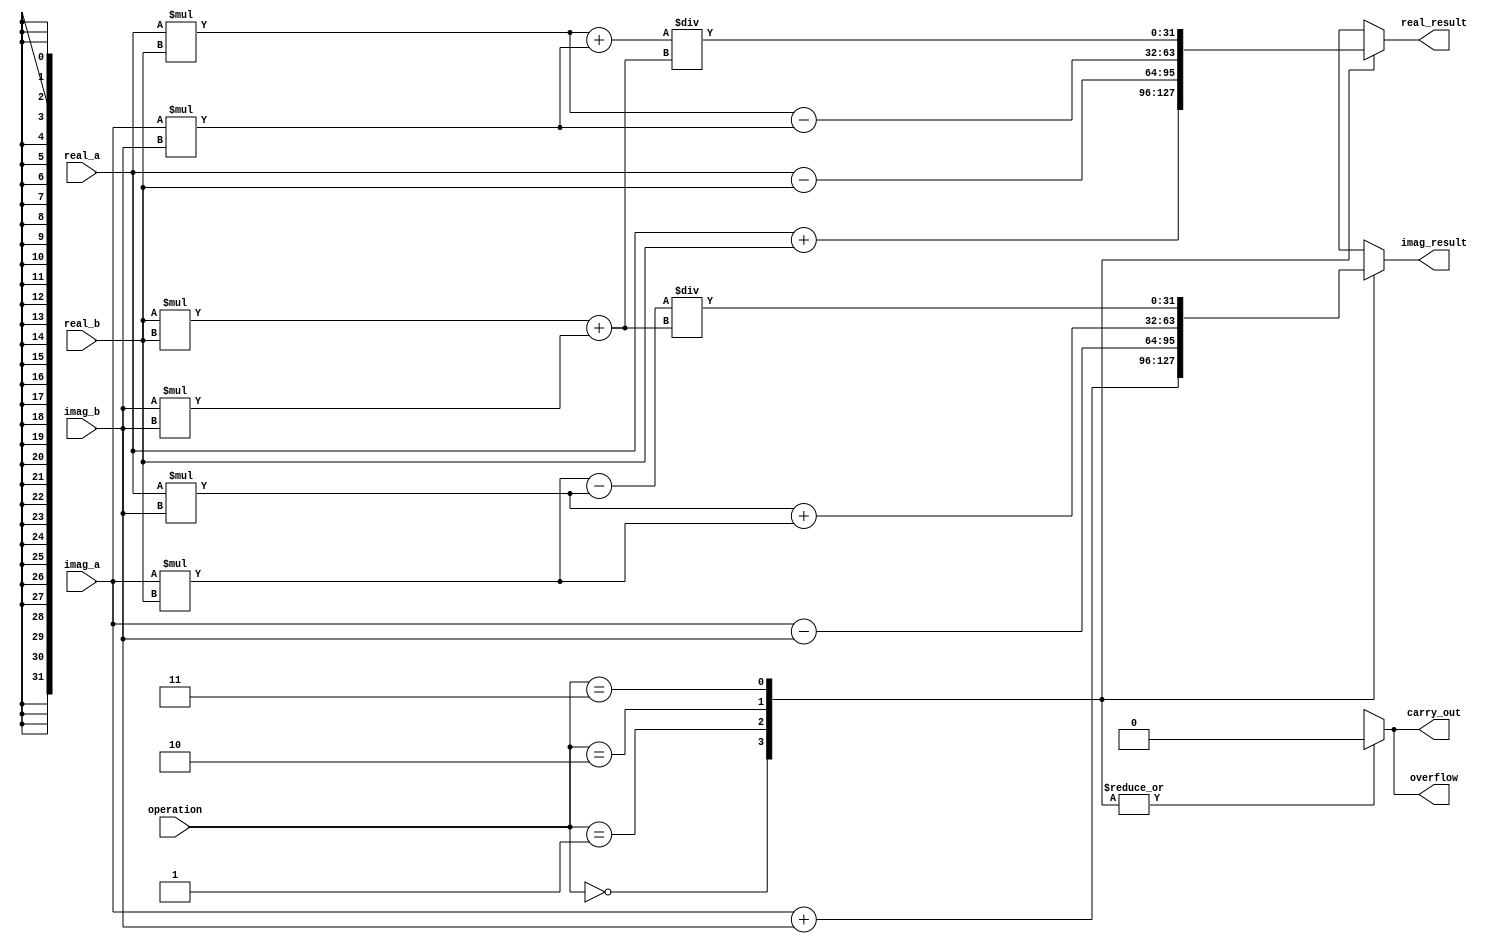
module Complex_ALU (
    input [31:0] real_a,
    input [31:0] imag_a,
    input [31:0] real_b,
    input [31:0] imag_b,
    input [1:0] operation, // 00: addition, 01: subtraction, 10: multiplication, 11: division
    output reg [31:0] real_result,
    output reg [31:0] imag_result,
    output reg overflow,
    output reg carry_out
);

always @(*) begin
    case(operation)
        2'b00: // Addition
            begin
                real_result = real_a + real_b;
                imag_result = imag_a + imag_b;
                overflow = 0;
                carry_out = 0;
            end
        2'b01: // Subtraction
            begin
                real_result = real_a - real_b;
                imag_result = imag_a - imag_b;
                overflow = 0;
                carry_out = 0;
            end
        2'b10: // Multiplication
            begin
                real_result = real_a * real_b - imag_a * imag_b;
                imag_result = real_a * imag_b + imag_a * real_b;
                overflow = 0;
                carry_out = 0;
            end
        2'b11: // Division
            begin
                real_result = (real_a * real_b + imag_a * imag_b) / (real_b * real_b + imag_b * imag_b);
                imag_result = (imag_a * real_b - real_a * imag_b) / (real_b * real_b + imag_b * imag_b);
                overflow = 0;
                carry_out = 0;
            end
    endcase
end

endmodule